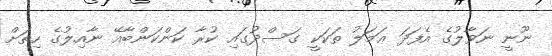
ނޫނީ ނަވާލުގެ އެފަދަ ޢަމަލު ތަކަކީ ގަސްދުގައި ކުރާ ކަންކަންބާއޭ ނާއިލުގެ ހިތަށް